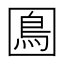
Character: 𡈙